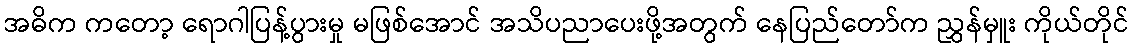
အဓိက ကတော့ ရောဂါပြန့်ပွားမှု မဖြစ်အောင် အသိပညာပေးဖို့အတွက် နေပြည်တော်က ညွှန်မှူး ကိုယ်တိုင်